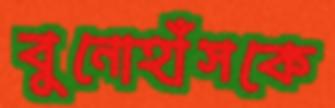
বুনোহাঁসকে